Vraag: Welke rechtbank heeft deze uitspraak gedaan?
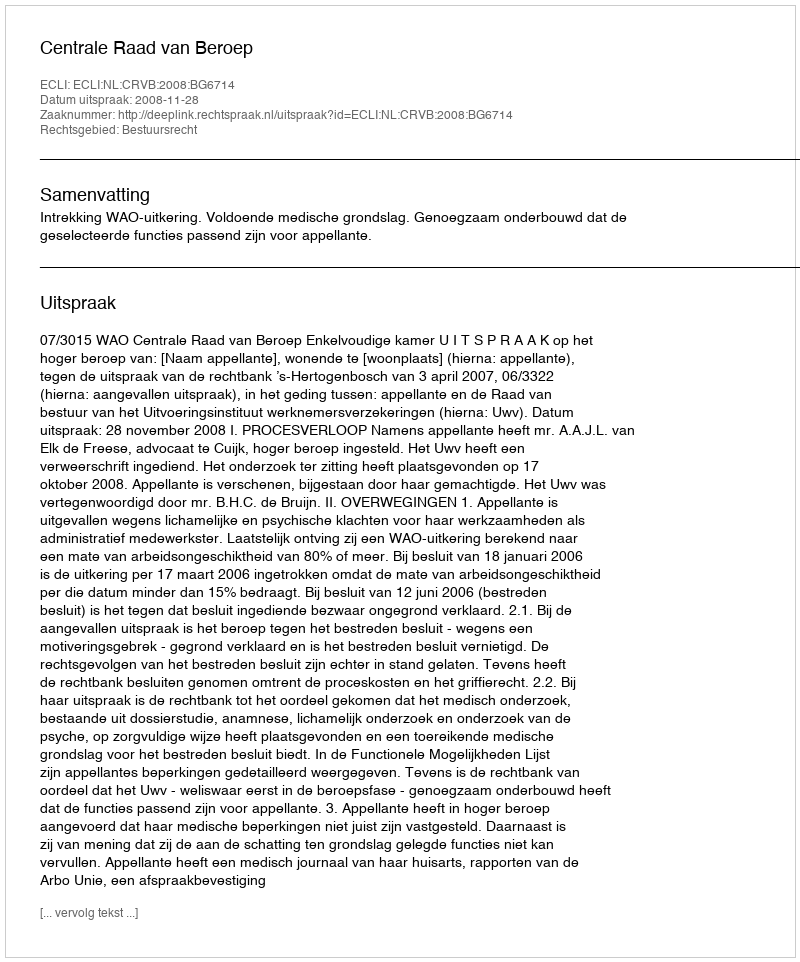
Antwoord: Centrale Raad van Beroep